Lunatic asylums United Provinces 1909-1921 - 1909-1921
Year: 1909
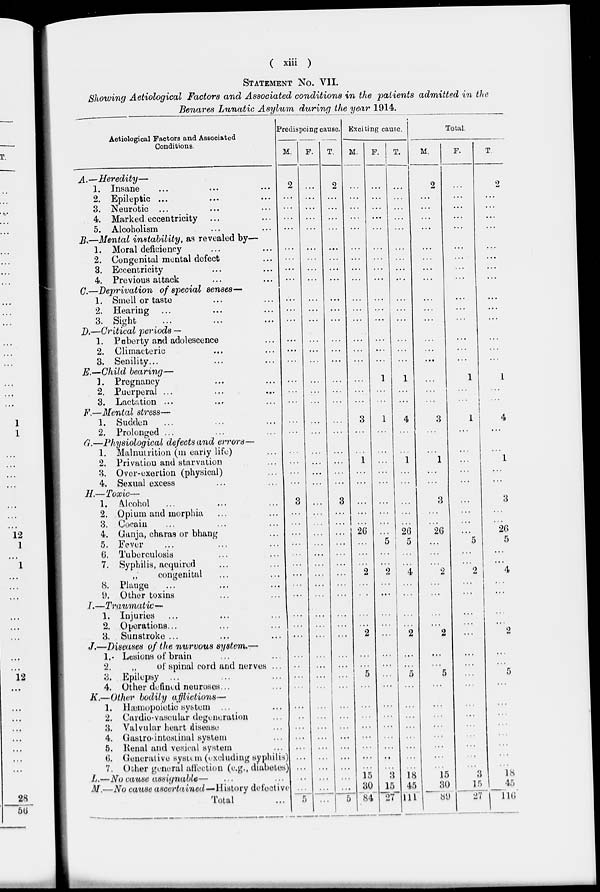
( xiii )
STATEMENT No. VII.
Showing Aetiological Factors and Associated conditions in the patients admitted in the
Benares Lunatic Asylum during the year 1914.
Aetiological Factors and Associated
Conditions.
A.—Heredity —
1. Insane ... ... ...
2. Epileptic ... ... ...
3. Neurotic ... ... ...
4. Marked eccentricity ... ...
5. Alcoholism ... ...
B.—Mental instability, as revealed by—
1. Moral deficiency ... ...
2. Congenital mental defect ...
3. Eccentricity ... ...
4. Previous attack ... ...
C.—Deprivation of special senses––
1. Smell or taste ... ...
2. Hearing ... ... ...
3. Sight ... ... ...
D.—Critical periods —
1. Puberty and adolescence ...
2. Climacteric ... ...
3. Senility... ... ...
E.—Child bearing—
3. Pregnancy ... ...
2, Puerperal ... ... ...
3. Lactation ... ... ...
F.—Mental stress—
1. Sudden ... ... ...
2. Prolonged ... ... ...
G.—Physiological defects and errors—
1. Malnutrition (in early life) ...
2. Privation and starvation ...
3. Over-exertion (physical) ...
4. Sexual excess ...
H.—Toxic—
1. Alcohol ... ... ...
2. Opium and morphia ... ...
3. Cocain ... ... ...
4. Ganja, charas or bhang ...
5. Fever ... ... ...
6. Tuberculosis ... ...
7. Syphilis, acquired ... ...
„
congenital ... ...
8. Plauge ... ... ...
9. Other toxins ... ...
I.—Traumatic—
1. Injuries ... ... ...
2. Operations ... ... ...
3. Sunstroke ... ... ...
J.—Diseases of the nurvous system.—
1. Lesions of brain ... ...
2.
„
of spinal cord and nerves ...
3. Epilepsy ...
4. Other defined neuroses ... ...
K.—Other bodily afflictions—
1. Hæmopoietic system ... ...
2. Cardio-vascular degeneration ...
3. Valvular heart disease ...
4. Gastro-intestinal system ...
5. Renal and vesical system ...
6. Generative system (excluding syphilis)
7. Other general affection (e.g., diabetes)
L.—No cause assignable— ... ...
M.—No cause ascertained—History defective
Total ...
Predispoing cause.
M.
2
...
...
...
...
...
...
...
...
...
...
...
...
...
...
...
...
...
...
...
...
...
...
3
...
...
...
...
...
...
...
...
...
...
...
...
...
...
...
...
...
...
...
...
...
...
...
...
...
5
F.
...
...
...
...
...
...
...
...
...
...
...
...
...
...
...
...
...
...
...
...
...
...
...
...
...
...
...
...
...
...
...
...
...
...
...
...
...
...
...
...
...
...
...
...
...
...
...
...
...
...
...
T.
2
...
...
...
...
...
...
...
...
...
...
...
...
...
...
...
...
...
...
...
...
...
...
...
3
...
...
...
...
...
...
...
...
...
...
...
...
...
...
...
...
...
...
...
...
...
...
...
...
...
5
Exciting cause.
M.
...
...
...
...
...
...
...
...
...
...
...
...
...
...
...
...
...
...
3
...
...
1
...
...
...
...
...
26
...
...
...
2
...
...
...
...
2
...
...
5
...
...
...
...
...
...
...
...
15
30
84
F.
...
...
...
...
...
...
...
...
...
...
...
...
...
...
1
...
...
1
...
...
...
...
...
...
...
...
...
5
...
...
2
...
...
...
...
...
...
...
...
...
...
...
...
...
....
...
...
3
15
27
T.
...
...
...
...
...
...
...
...
...
...
...
...
...
...
...
1
...
...
4
...
...
1
...
...
...
...
...
26
5
...
...
4
...
...
...
...
2
...
...
5
...
...
...
...
...
...
...
...
18
45
111
Total.
M.
2
...
...
...
...
...
...
...
...
...
...
...
...
...
...
...
...
...
3
...
...
1
...
...
3
...
...
26
...
...
...
2
...
...
...
...
2
...
...
5
...
...
...
...
...
...
...
...
15
30
89
F.
...
...
...
...
...
...
...
...
...
...
...
...
...
...
...
1
...
...
1
...
...
...
...
...
...
...
...
...
5
...
...
2
...
...
...
...
...
...
...
...
...
...
...
...
...
...
...
...
3
15
27
T.
2
...
...
...
...
...
...
...
...
...
...
...
...
...
...
1
...
...
4
...
...
1
...
...
3
...
...
26
5
...
...
4
...
...
...
...
2
...
...
5
...
...
...
...
...
...
...
...
18
45
116